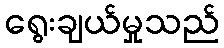
ရွေးချယ်မှုသည်